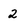
Character: 2